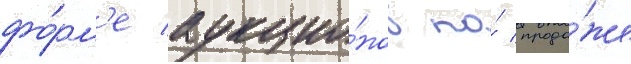
фо́рм'е аукцио́нов по́ прода́же